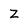
Character: Z